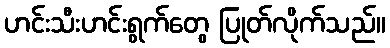
ဟင်းသီးဟင်းရွက်တွေ ပြုတ်လိုက်သည်။